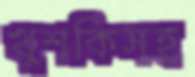
খুশকিসহ